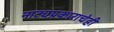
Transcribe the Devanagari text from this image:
नाट्यप्रकाराचेही